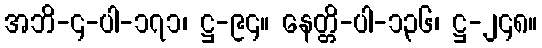
အဘိ-၄-ပါ-၁၇၁၊ ဋ္ဌ-၉၄။ နေတ္တိ-ပါ-၁၃၆၊ ဋ္ဌ-၂၄၈။